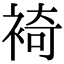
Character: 裿